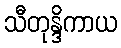
သီတုန္ဒိကာယ